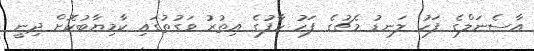
އާސެނަލްގެ ފަހު ލަނޑު މެޗުގެ ފަހު ހާފުގެ އިތުރު ވަގުތުގައި ކާމިޔާބުކޮށް ދިނީ